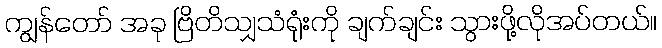
ကျွန်တော် အခု ဗြိတိသျှသံရုံးကို ချက်ချင်း သွားဖို့လိုအပ်တယ်။